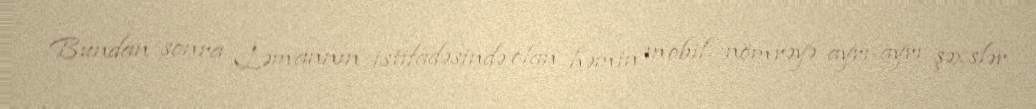
Bundan sonra Ləmannın istifadəsində olan həmin mobil nömrəyə ayrı-ayrı şəxslər